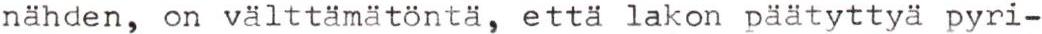
nähden, on välttämätöntä, että lakon päätyttyä pyri-